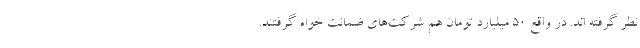
نظر گرفته اند. در واقع ۵۰ میلیارد تومان هم شرکت‌های ضمانت خواه گرفتند.